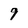
Character: 9